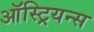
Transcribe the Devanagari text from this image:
ऑस्ट्रियन्स